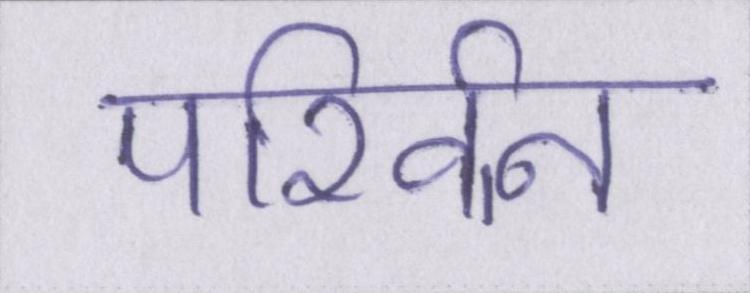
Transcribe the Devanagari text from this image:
परिर्वन